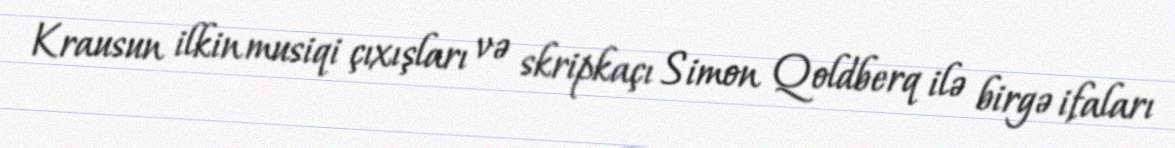
Krausun ilkin musiqi çıxışları və skripkaçı Simon Qoldberq ilə birgə ifaları